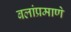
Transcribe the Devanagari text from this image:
बलांप्रमाणे